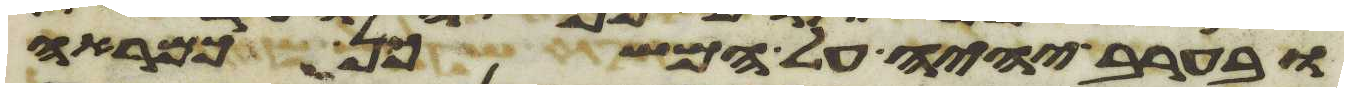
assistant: ובערב יהיה על המשכן כמראה